Newspaper: The daily phoenix. [volume]
Place of publication: Columbia, S.C.
Publisher: Julian A. Selby
Date: 1870-11-22 00:00:00
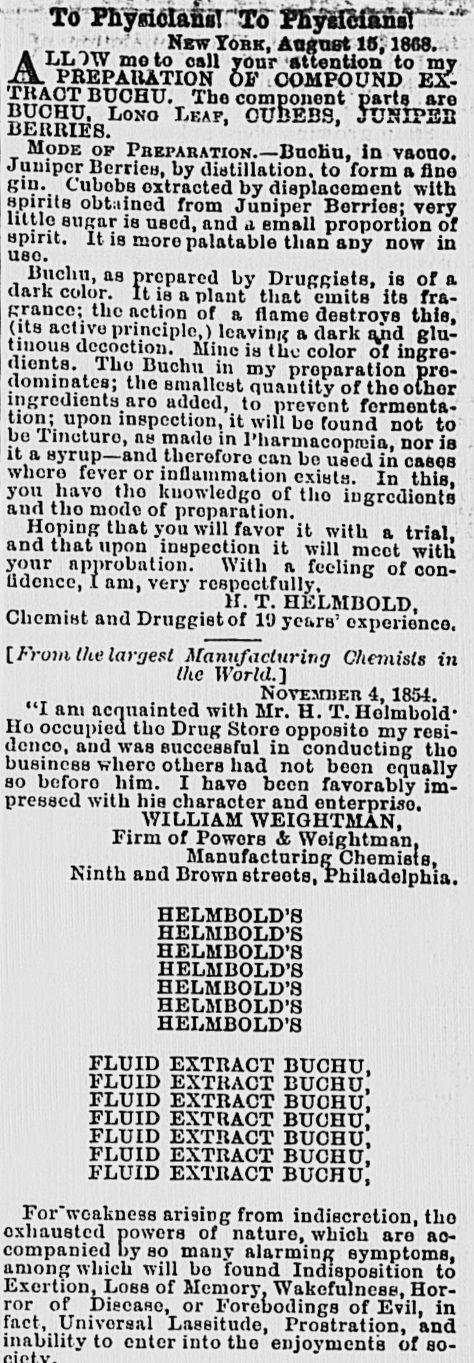
Advertisement text (OCR):
? Nsw YORK, August 16; 1868. moto call your Attention to my PREPARATION OF COMPOUND EX? BUCHU. The component parts are LONO LKAF, OUBEB9, JUNIPER Mons OF PREPARATION.-Buohu, in vacuo. Berries, hy distillation, to form a fine CubobB oxtracted by dieplaoomcnt with spirits obtained from Juniper BorrioB; very little sugar is used, and a small proportion of spirit, lt is moro palatable than any now in Bucha, as prepared by Druggists, is of a color. It is a plant that emits its fra? grance; thc action of a flame destroys this, (its activo principle,) leaving a dark ajid glu? tinous decoction. Minc is the color of ingre? dients. Tho Buohu in my preparation pre? the smallest quantity of thoothor ingredients aro added, to prevent fermenta? tion; upon inspection, it will bo found not to Tincture, ns mado in Pharmacopoeia, nor is it a syrup-and therefore can bo used in cases fever or inflammation exists. In this, havo tho kuowlcdgo of tho ingredients and tho mode of preparation. Hoping that you will favor it with a trial, that upon inspection it will meet with approbation. With a feeling of con lidcnco, I am, very respectfully, H. T. HELMBOLD, and Druggist of 10 years' experience. [From the largest Manufacturing Chemists in thc World.] NOVEMIJER 4, 1854. "I am acquainted with Mr. H. T. Holmhold' occupied tho Drug Store opposito my rcBi and was successful in conducting tho where others had not boon equally beforo him. I havo been favorably im? with his character and enterprise WILLIAM WEIGHTMAN, Firm of Powors & Weightman. Manufacturing Chemists, Ninth and Brown streets, Philadelphia. HELMBOLD'S HELMBOLD'S HELMBOLD'S HELMBOLD'S HELMBOLD'S HELMBOLD'S HELMBOLD'S FLUID EXTRACT BUCHU, FLUID EXTRACT BUCHU, FLUID EXTRACT BUOHU, FLUID EXTRACT BUCHU, FLUID EXTRACT BUOHU, FLUID EXTRACT BUCHU, FLUID EXTRACT BUCHU, For'woakneas arising from indiscretion, tho powers of naturo, which aro ac? ny BO many alarming symptoms, which will bo found Indisposition to LOBS of Memory. Wakefulness, Hor? of Disease, or Forebodings of Evil, in Univorsal Lassitude, Prostration, and inability to enter into tho enjoyments of so?
Label: text-only